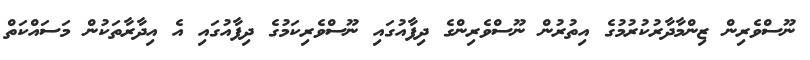
ނޫސްވެރިން ޒިންމާދާރުކުރުމުގެ އިތުރުން ނޫސްވެރިންގެ ދިފާއުގައި ނޫސްވެރިކަމުގެ ދިފާއުގައި އެ އިދާރާތަކުން މަސައްކަތް